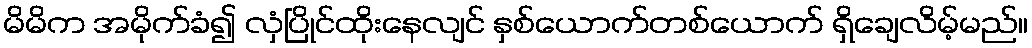
မိမိက အမိုက်ခံ၍ လှံပြိုင်ထိုးနေလျင် နှစ်ယောက်တစ်ယောက် ရှိချေလိမ့်မည်။